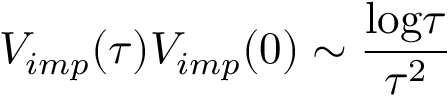
V _ { i m p } ( \tau ) V _ { i m p } ( 0 ) \sim { \frac { \mathrm { l o g } \tau } { \tau ^ { 2 } } }